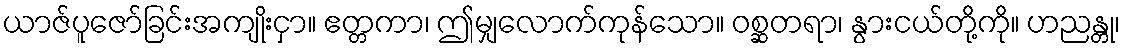
ယာဇ်ပူဇော်ခြင်းအကျိုးငှာ။ ဧတ္တကာ၊ ဤမျှလောက်ကုန်သော။ ဝစ္ဆတရာ၊ နွားငယ်တို့ကို။ ဟညန္တု၊